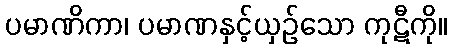
ပမာဏိကာ၊ ပမာဏနှင့်ယှဉ်သော ကုဋီကို။